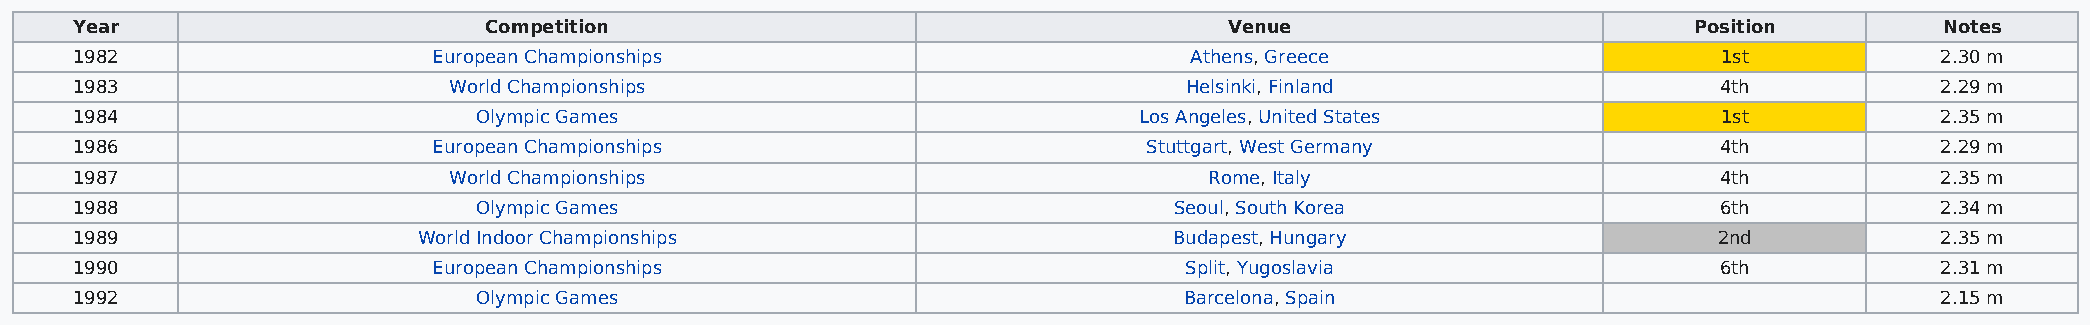
Year                       Competition                                      Venue                          Position         Notes
 1982                    European Championships                            Athens, Greece                     1st           2.30 m
 1983                     World Championships                             Helsinki, Finland                   4th           2.29 m
 1984                       Olympic Games                              Los Angeles, United States             1st           2.35 m
 1986                    European Championships                         Stuttgart, West Germany               4th           2.29 m
 1987                     World Championships                               Rome, Italy                       4th           2.35 m
 1988                       Olympic Games                                 Seoul, South Korea                  6th           2.34 m
 1989                   World Indoor Championships                        Budapest, Hungary                   2nd           2.35 m
 1990                    European Championships                           Split, Yugoslavia                   6th           2.31 m
 1992                       Olympic Games                                 Barcelona, Spain                                  2.15 m